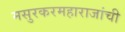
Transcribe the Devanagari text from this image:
मसुरकरमहाराजांची